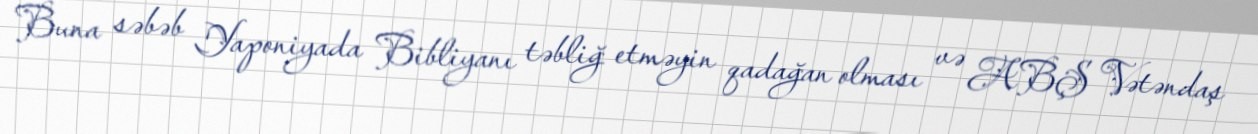
Buna səbəb Yaponiyada Bibliyanı təbliğ etməyin qadağan olması və ABŞ Vətəndaş